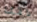
دافئا